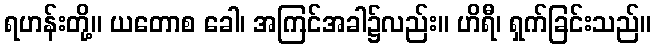
ရဟန်းတို့။ ယတောစ ခေါ၊ အကြင်အခါ၌လည်း။ ဟိရီ၊ ရှက်ခြင်းသည်။